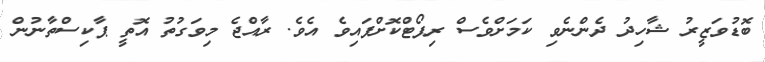
ބޮޑުވަޒީރު ޝާހިދު ދެންނެވި ކަމަށްވެސް ރިޕޯޓްކޮށްފައިވެ އެވެ. ރާއްޖެ މިވަގުތު އޮތީ ޕާކިސްތާނުން